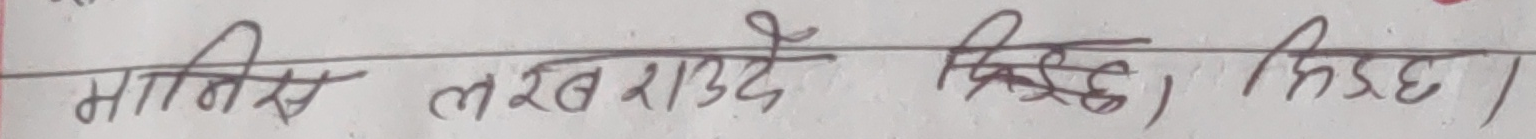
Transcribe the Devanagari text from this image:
मानिस लख राउत, सिड्‌ढ, सिड्‌ढ ।